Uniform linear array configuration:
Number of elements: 16
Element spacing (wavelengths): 0.75
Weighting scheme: hamming
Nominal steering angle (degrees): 0
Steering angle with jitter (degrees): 1.344
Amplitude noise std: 0.05
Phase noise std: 0.05

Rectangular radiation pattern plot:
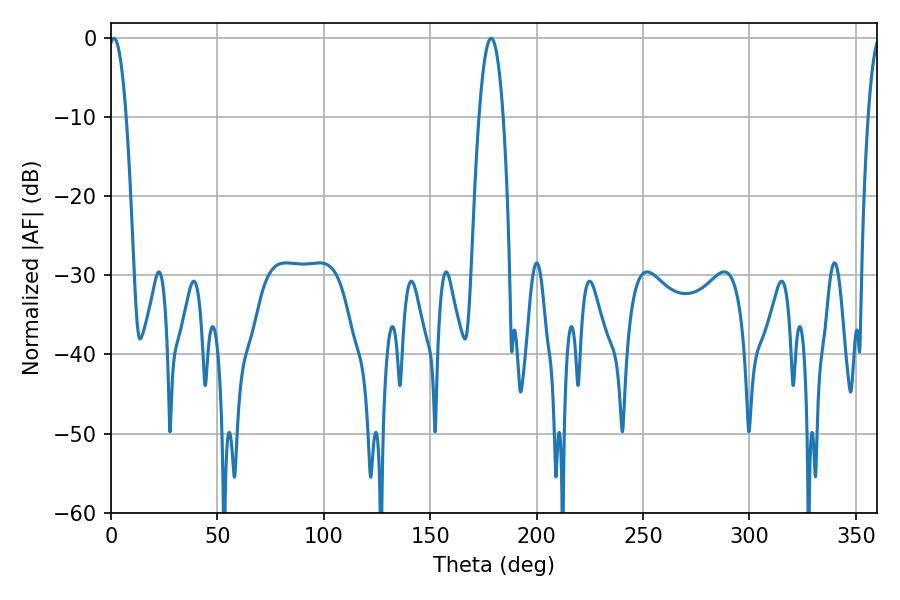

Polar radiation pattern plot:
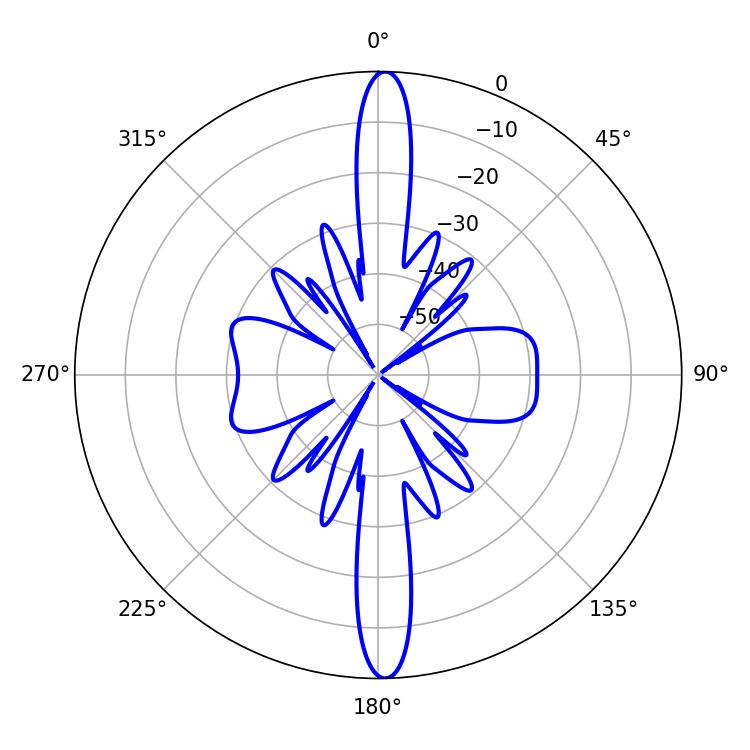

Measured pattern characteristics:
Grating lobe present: TRUE
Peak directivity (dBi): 25.265
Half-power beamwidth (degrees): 4.5
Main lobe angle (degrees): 1.44